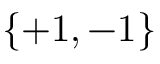
\{ + 1 , - 1 \}